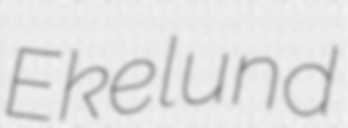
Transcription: Ekelund